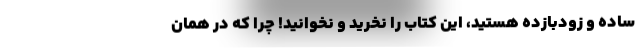
ساده و زودبازده هستید، این کتاب را نخرید و نخوانید! چرا که در همان